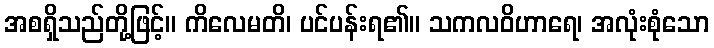
အစရှိသည်တို့ဖြင့်။ ကိလေမတိ၊ ပင်ပန်းရ၏။ သကလဝိဟာရေ၊ အလုံးစုံသော